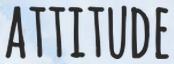
ATTITUDE